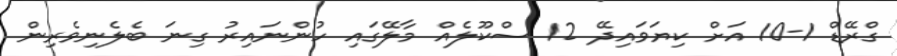
ގްރޭޑް 1-10 އަށް ކިޔަވައިދޭ 12 ސްކޫލެއް މާލޭގައި ހުންނައިރު ގިނަ ބެލެނިވެރިން